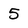
Character: 5